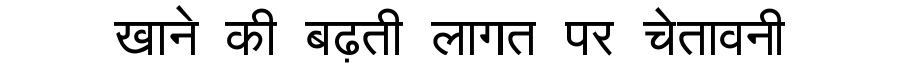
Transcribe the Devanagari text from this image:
खाने की बढ़ती लागत पर चेतावनी